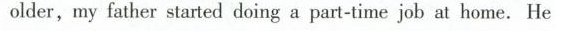
older, my fatber started daing a part-time job at home. He